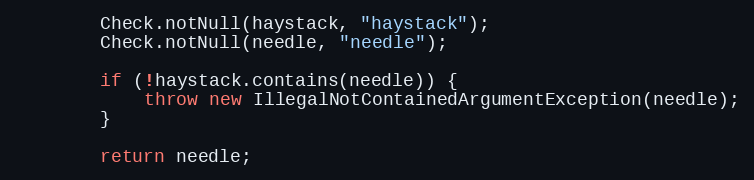
Language: Java
		Check.notNull(haystack, "haystack");
		Check.notNull(needle, "needle");

		if (!haystack.contains(needle)) {
			throw new IllegalNotContainedArgumentException(needle);
		}

		return needle;